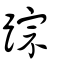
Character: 踪